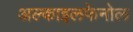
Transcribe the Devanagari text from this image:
अल्काइलफेनोल